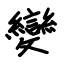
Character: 變